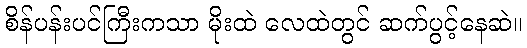
စိန်ပန်းပင်ကြီးကသာ မိုးထဲ လေထဲတွင် ဆက်ပွင့်နေဆဲ။